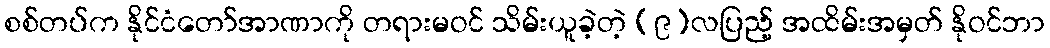
စစ်တပ်က နိုင်ငံတော်အာဏာကို တရားမဝင် သိမ်းယူခဲ့တဲ့ (၉)လပြည့် အထိမ်းအမှတ် နိုဝင်ဘာ